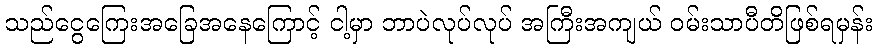
သည်ငွေကြေးအခြေအနေကြောင့် ငါ့မှာ ဘာပဲလုပ်လုပ် အကြီးအကျယ် ဝမ်းသာပီတိဖြစ်ရမှန်း